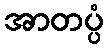
အာတပ္ပံ